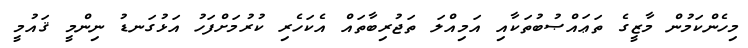
މިހެންކަމުން މާޒީގެ ތަޢައްޞުބުތަކާއި އަމިއްލަ ތަޖުރިބާތައް އެކަހެރި ކުރުމަށްފަހު އަޅުގަނޑު ނިންމީ ޤައުމީ